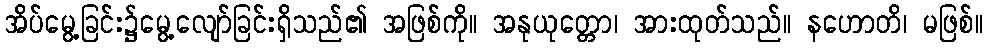
အိပ်မွေ့ခြင်း၌မွေ့လျော်ခြင်းရှိသည်၏ အဖြစ်ကို။ အနုယုတ္တော၊ အားထုတ်သည်။ နဟောတိ၊ မဖြစ်။